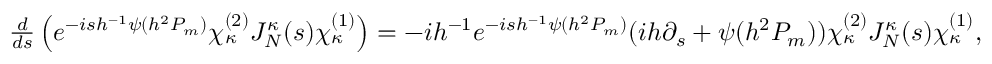
\begin{array} { r } { \frac { d } { d s } \left( e ^ { - i s h ^ { - 1 } \psi ( h ^ { 2 } P _ { m } ) } \chi _ { \kappa } ^ { ( 2 ) } J _ { N } ^ { \kappa } ( s ) \chi _ { \kappa } ^ { ( 1 ) } \right) = - i h ^ { - 1 } e ^ { - i s h ^ { - 1 } \psi ( h ^ { 2 } P _ { m } ) } ( i h \partial _ { s } + \psi ( h ^ { 2 } P _ { m } ) ) \chi _ { \kappa } ^ { ( 2 ) } J _ { N } ^ { \kappa } ( s ) \chi _ { \kappa } ^ { ( 1 ) } , } \end{array}